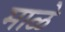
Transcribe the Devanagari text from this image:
माळे